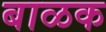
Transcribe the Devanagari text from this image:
बाळक